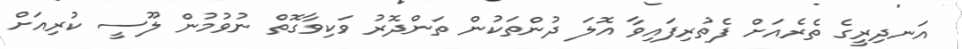
އަނދިރީގެ ތެރެއަށް ފެތުރިފައިވާ އޮލަ ދުންތަކުން ތަންދޮރު ވަކިވާގޮތް ނުވުމުން ލޫސީ ކުރިއަށް